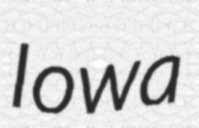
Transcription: Iowa